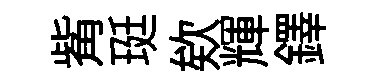
觜珽欸輝鐸